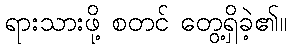
ရားသားဖို့ စတင် တွေ့ရှိခဲ့၏။